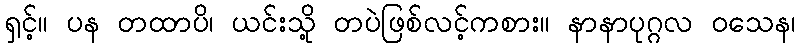
ရှင့်။ ပန တထာပိ၊ ယင်းသို့ တပဲဖြစ်လင့်ကစား။ နာနာပုဂ္ဂလ ဝသေန၊